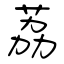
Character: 荔